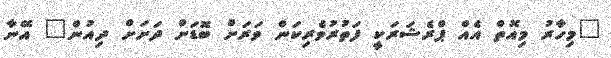
"މިހާރު މިއޮތް އެއް ޕްރެޝަރަކީ ފަތުރުވެރިކަން ވަރަށް ބޮޑަށް ދަށަށް ދިއުން" އޭނާ